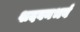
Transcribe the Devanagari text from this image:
शदवनभवं